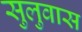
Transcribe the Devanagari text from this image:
सुलुवास